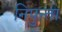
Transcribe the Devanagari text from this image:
निपुन्ता